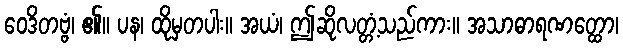
ဝေဒိတဗ္ဗံ၊ ၏။ ပန၊ ထိုမှတပါး။ အယံ၊ ဤဆိုလတ္တံ့သည်ကား။ အသာဓာရဏတ္ထော၊